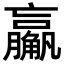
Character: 𬢙